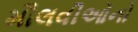
મૌલવીઓનો